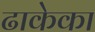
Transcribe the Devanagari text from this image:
ढाकेका